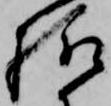
様